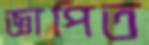
জ্ঞাপিত